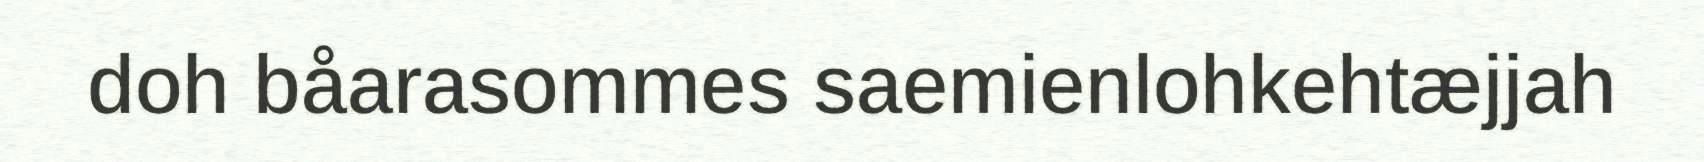
doh båarasommes saemienlohkehtæjjah